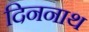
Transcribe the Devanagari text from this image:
दिननाथ